Insane asylums in Bengal annual reports 1867-1875 - 1867-1875
Year: 1867
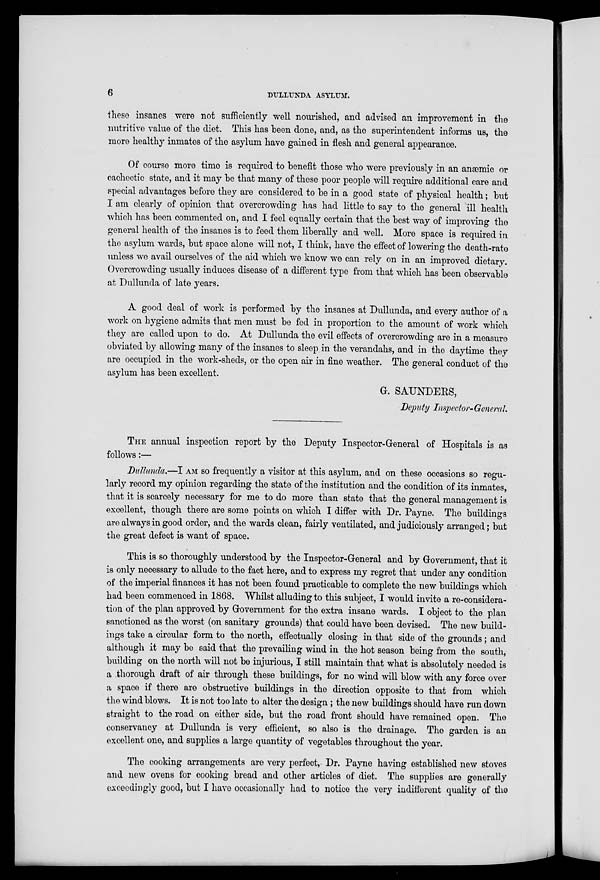
6
DULLUNDA ASYLUM.
these insanes were not sufficiently well nourished, and advised an improvement in the
nutritive value of the diet. This has been done, and, as the superintendent informs us, the
more healthy inmates of the asylum have gained in flesh and general appearance.
Of course more time is required to benefit those who were previously in an anæmic or
cachectic state, and it may be that many of these poor people will require additional care and
special advantages before they are considered to be in a good state of physical health; but
I am clearly of opinion that overcrowding has had little to say to the general ill health
which has been commented on, and I feel equally certain that the best way of improving the
general health of the insanes is to feed them liberally and well. More space is required in
the asylum wards, but space alone will not, I think, have the effect of lowering the death-rate
unless we avail ourselves of the aid which we know we can rely on in an improved dietary.
Overcrowding usually induces disease of a different type from that which has been observable
at Dullunda of late years.
A good deal of work is performed by the insanes at Dullunda, and every author of a
work on hygiene admits that men must be fed in proportion to the amount of work which
they are called upon to do. At Dullunda the evil effects of overcrowding are in a measure
obviated by allowing many of the insanes to sleep in the verandahs, and in the daytime they
are occupied in the work-sheds, or the open air in fine weather. The general conduct of the
asylum has been excellent.
G. SAUNDERS,
Deputy Inspector- General.
THE annual inspection report by the Deputy Inspector-General of Hospitals is as
follows:—
Dullunda.—I AM so frequently a visitor at this asylum, and on these occasions so regu-
larly record my opinion regarding the state of the institution and the condition of its inmates,
that it is scarcely necessary for me to do more than state that the general management is
excellent, though there are some points on which I differ with Dr. Payne. The buildings
are always in good order, and the wards clean, fairly ventilated, and judiciously arranged; but
the great defect is want of space.
This is so thoroughly understood by the Inspector-General and by Government, that it
is only necessary to allude to the fact here, and to express my regret that under any condition
of the imperial finances it has not been found practicable to complete the new buildings which
had been commenced in 1868. Whilst alluding to this subject, I would invite a re-considera-
tion of the plan approved by Government for the extra insane wards. I object to the plan
sanctioned as the worst (on sanitary grounds) that could have been devised. The new build-
ings take a circular form to the north, effectually closing in that side of the grounds; and
although it may be said that the prevailing wind in the hot season being from the south,
building on the north will not be injurious, I still maintain that what is absolutely needed is
a thorough draft of air through these buildings, for no wind will blow with any force over
a space if there are obstructive buildings in the direction opposite to that from which
the wind blows. It is not too late to alter the design ; the new buildings should have run down
straight to the road on either side, but the road front should have remained open. The
conservancy at Dullunda is very efficient, so also is the drainage. The garden is an
excellent one, and supplies a large quantity of vegetables throughout the year.
The cooking arrangements are very perfect, Dr. Payne having established new stoves
and new ovens for cooking bread and other articles of diet. The supplies are generally
exceedingly good, but I have occasionally had to notice the very indifferent quality of the